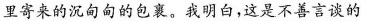
里寄来的沉甸甸的包裹。我明白，这是不善言谈的